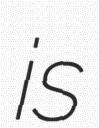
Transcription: is